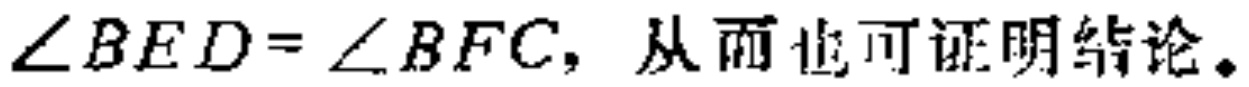
\(\angle BED = \angle BFC\)，从而也可证明结论。